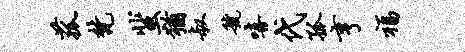
菰梵蜚犹叔虢嘻代孤亨福